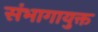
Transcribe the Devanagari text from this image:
संभागायुक्त